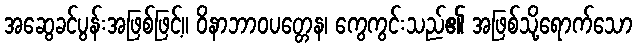
အဆွေခင်ပွန်းအဖြစ်ဖြင့်။ ဝိနာဘာဝပတ္တေန၊ ကွေကွင်းသည်၏ အဖြစ်သို့ရောက်သော